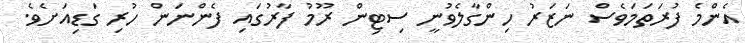
އެންމެ ފުރަތަމަވެސް ނަޒަރު ހިންގާލެވުނީ ސިޓިން ރޫމު ފާރުގައި ފެންނަން ހުރި ގަޑިއަށެވެ.